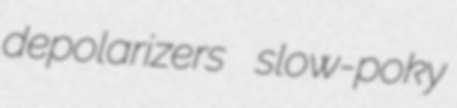
depolarizers slow-poky